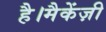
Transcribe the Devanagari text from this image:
है।मैकेंज़ी